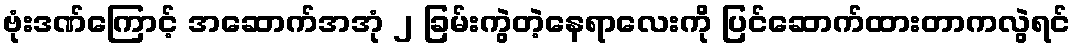
ဗုံးဒဏ်ကြောင့် အဆောက်အအုံ ၂ ခြမ်းကွဲတဲ့နေရာလေးကို ပြင်ဆောက်ထားတာကလွဲရင်